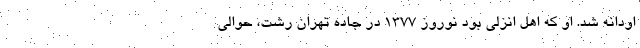
اودانه شد. او که اهل انزلی بود نوروز ۱۳۷۷ در جاده تهران رشت، حوالی